Annual report on the working of the mental hospitals in the Madras Presidency - 1912-1932
Year: 1912
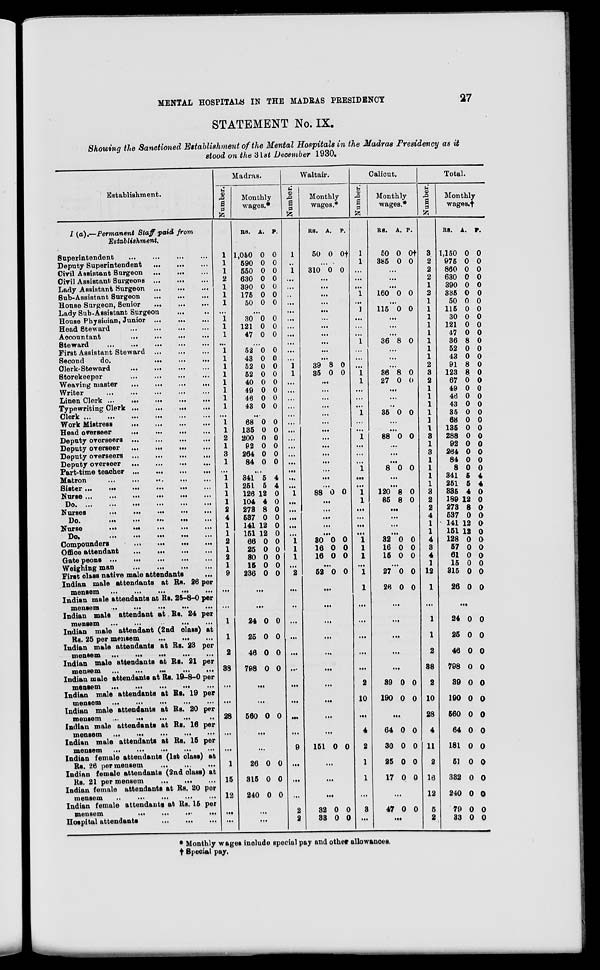
MENTAL HOSPITALS IN THE MADRAS PRESIDENCY
27
STATEMENT No. IX.
Showing the Sanctioned Establishment of the Mental Hospitals in the Madras Presidency as it
stood on the 31st December 1930.
Establishment.
I (a).—Permanent Staff paid from
Establishment.
Superintendent ... ... ... ...
Deputy Superintendent
...
...
...
Civil Assistant Surgeon
...
...
...
Civil Assistant Surgeons
...
...
...
Lady Assistant Surgeon
...
...
...
Sub-Assistant Surgeon
...
...
...
House Surgeon, Senior
...
...
...
Lady Sub-Assistant Surgeon ... ...
House Physician, Junior
...
...
...
Head Steward ... ... ... ...
Accountant
...
...
...
...
Steward
...
...
...
...
...
First Assistant Steward
...
...
...
Second
do.
...
...
...
Clerk-Steward ... ... ... ...
Storekeeper ... ... ... ...
Weaving master
...
...
...
...
Writer
...
...
...
...
...
Linen Clerk
...
...
...
...
...
Typewriting Clerk
...
...
...
...
Clerk
...
...
...
...
...
...
Work Mistress ... ... ... ...
Head overseer
...
...
...
...
Deputy overseers
...
...
...
...
Deputy overseer
...
...
...
...
Deputy overseers
...
...
...
...
Deputy overseer
...
...
...
...
Part-time teacher
...
...
...
...
Matron
...
...
...
...
...
Sister ... ... ... ... ... ...
Nurse
...
...
...
...
...
...
Do.
...
...
...
...
...
...
Nurses
...
...
...
...
...
Do. ... ... ... ... ...
Nurse
...
...
...
...
...
Do.
...
...
...
...
...
Compounders
...
...
...
...
Office attendant
...
...
...
...
Gate peons
...
...
...
...
...
Weighing man
...
...
...
...
First class native male attendants ...
Indian male attendants at Rs. 26 per
mensem
...
...
...
...
...
Indian male attendants at Rs. 25-8-0 per
mensem
...
...
...
...
...
Indian male attendant at Rs. 24 per
mensem
...
...
...
...
...
Indian male attendant (2nd class) at
Rs. 25 per mensem ... ... ...
Indian male attendants at Rs. 23 per
mensem
...
...
...
...
...
Indian male attendants at Rs. 21 per
mensem
...
...
...
...
...
Indian male attendants at Rs. 19-8-0 per
mensem
...
...
...
...
...
Indian male attendants at Rs. 19 per
mensem
...
...
...
...
...
Indian male attendants at Rs. 20 per
mensem
...
...
...
...
...
Indian male attendants at Rs. 16 per
mensem
...
...
...
...
...
Indian male attendants at Rs. 15 per
mensem
...
...
...
...
...
Indian female attendants (1st class) at
Rs. 26 per mensem
...
...
...
Indian female attendants (2nd class) at
Rs. 21 per mensem
...
...
...
Indian female attendants at Rs. 20 per
mensem
...
...
...
...
...
Indian female attendants at Rs. 15 per
mensem ... ... ... ...
Hospital attendants
...
...
...
Madras.
Number.
1
1
1
2
1
1
1
...
1
1
1
...
1
1
1
1
1
1
1
1
...
1
1
2
1
3
1
...
1
1
1
1
2
4
1
1
2
1
2
1
9
...
...
1
1
2
38
...
...
28
...
...
1
15
12
...
...
Monthly
wages.*
RS.
1,050
590
550
630
390
175
50
A.
0
0
0
0
0
0
0
P.
0
0
0
0
0
0
0
...
30
121
47
0
0
0
0
0
0
...
52
43
52
52
40
49
46
43
0
0
0
0
0
0
0
0
0
0
0
0
0
0
0
0
...
68
135
200
92
264
84
0
0
0
0
0
0
0
0
0
0
0
0
...
341
251
126
104
273
537
141
151
66
25
30
15
236
5
5
12
4
8
0
12
12
0
0
0
0
0
4
4
0
0
0
0
0
0
0
0
0
0
0
...
...
24
25
46
798
0
0
0
0
0
0
0
0
...
...
560 0 0
...
...
26
315
240
0
0
0
0
0
0
...
...
Waltair.
Number.
1
..
1
...
...
...
...
...
...
...
...
...
...
...
1
1
...
...
...
...
...
...
...
...
...
...
...
...
...
...
1
...
...
...
...
...
1
1
1
...
2
...
...
...
...
...
...
...
...
...
...
9
...
...
...
2
2
Monthly
wages.*
RS.
50
A.
0
P.
0†
...
310 0 0
...
...
...
...
...
...
...
...
...
...
...
39
35
8
0
0
0
...
...
...
...
...
...
...
...
...
...
...
...
...
...
88 0 0
...
...
...
...
...
30
16
16
0
0
0
0
0
0
...
52 0 0
...
...
...
...
...
...
...
...
...
...
151 0 0
...
...
...
32
33
0
0
0
0
Calicut.
Number.
1
1
...
...
...
1
...
1
...
...
...
1
...
...
...
1
1
...
...
...
1
...
...
1
...
...
...
1
...
...
1
1
...
...
...
...
1
1
1
...
1
1
...
...
...
...
...
2
10
...
4
2
1
1
...
3
...
Monthly
wages.*
RS.
50
385
A.
0
0
P.
0†
0
...
...
...
160 0 0
...
115 0 0
...
...
...
36 8 0
...
...
...
36
27
8
0
0
0
...
...
..
35 0 0
...
...
88 0 0
...
...
...
8 0 0
...
...
120
85
8
8
0
0
...
...
...
...
32
16
15
0
0
0
0
0
0
...
27
26
0
0
0
0
...
...
...
...
...
39
190
0
0
0
0
...
64
30
25
17
0
0
0
0
0
0
0
0
...
47 0 0
...
Total.
Number.
3
2
2
2
1
2
1
1
1
1
1
1
1
1
2
3
2
1
1
1
1
1
1
3
1
3
1
1
1
1
3
2
2
4
1
1
4
3
4
1
12
1
...
1
1
2
38
2
10
28
4
11
2
16
12
5
2
Monthly
wages.†
RS.
1,150
975
860
630
390
335
50
115
30
121
47
36
52
43
91
123
67
49
46
43
35
68
135
288
92
264
84
8
341
251
335
189
273
537
141
151
128
57
61
15
315
26
A.
0
0
0
0
0
0
0
0
0
0
0
8
0
0
8
8
0
0
0
0
0
0
0
0
0
0
0
0
5
5
4
12
8
0
12
12
0
0
0
0
0
0
P.
0
0
0
0
0
0
0
0
0
0
0
0
0
0
0
0
0
0
0
0
0
0
0
0
0
0
0
0
4
4
0
0
0
0
0 0
0
0
0
0
0
0
...
24
25
46
798
39
190
560
64
181
51
332
240
79
33
0
0
0
0
0
0
0
0
0
0
0
0
0
0
0
0
0
0
0
0
0
0
0
0
0
0
0
0
* Monthly wages include special pay and other allowances.
† Special pay.